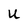
Character: U